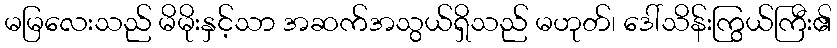
မမြလေးသည် မိမိုးနှင့်သာ အဆက်အသွယ်ရှိသည် မဟုတ်၊ ဒေါ်သိန်းကြွယ်ကြီး၏